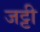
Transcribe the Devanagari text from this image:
जट्टी